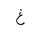
Letter: _gayn